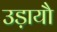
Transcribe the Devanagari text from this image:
उड़ायौ